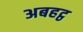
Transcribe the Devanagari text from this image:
अबहट्ठ